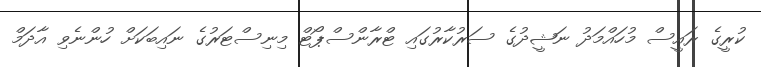
ކުރީގެ ރައީސް މުހައްމަދު ނަޝީދުގެ ސަރުކާރުގައި ޓްރާންސްޕޯޓް މިނިސްޓަރުގެ ނައިބަކަށް ހުންނެވި އާދަމް